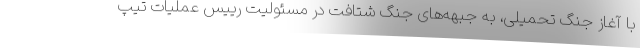
با آغاز جنگ تحمیلی، به جبهه‌های جنگ شتافت در مسئولیت رییس عملیات تیپ